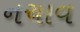
નચાવ